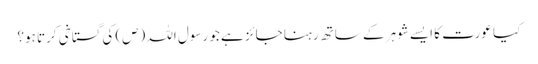
کیا عورت کا ایسے شوہر کے ساتھ رہنا جائز ہے جو رسول اللہ (ص) کی گستاخی کرتا ہو؟